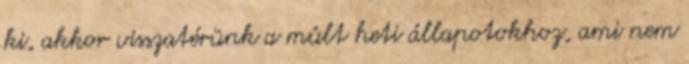
ki, akkor visszatérünk a múlt heti állapotokhoz, ami nem